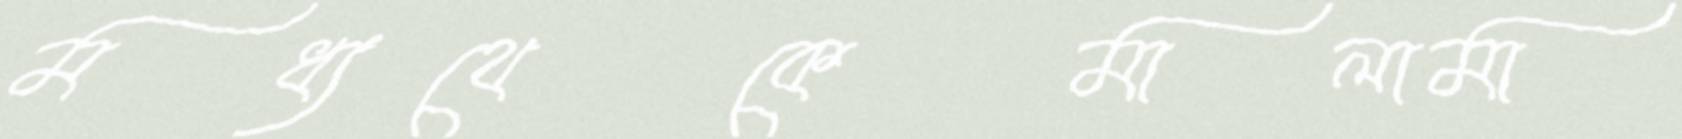
মধ্যথেকেমালামা